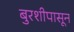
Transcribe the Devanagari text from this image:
बुरशीपासून